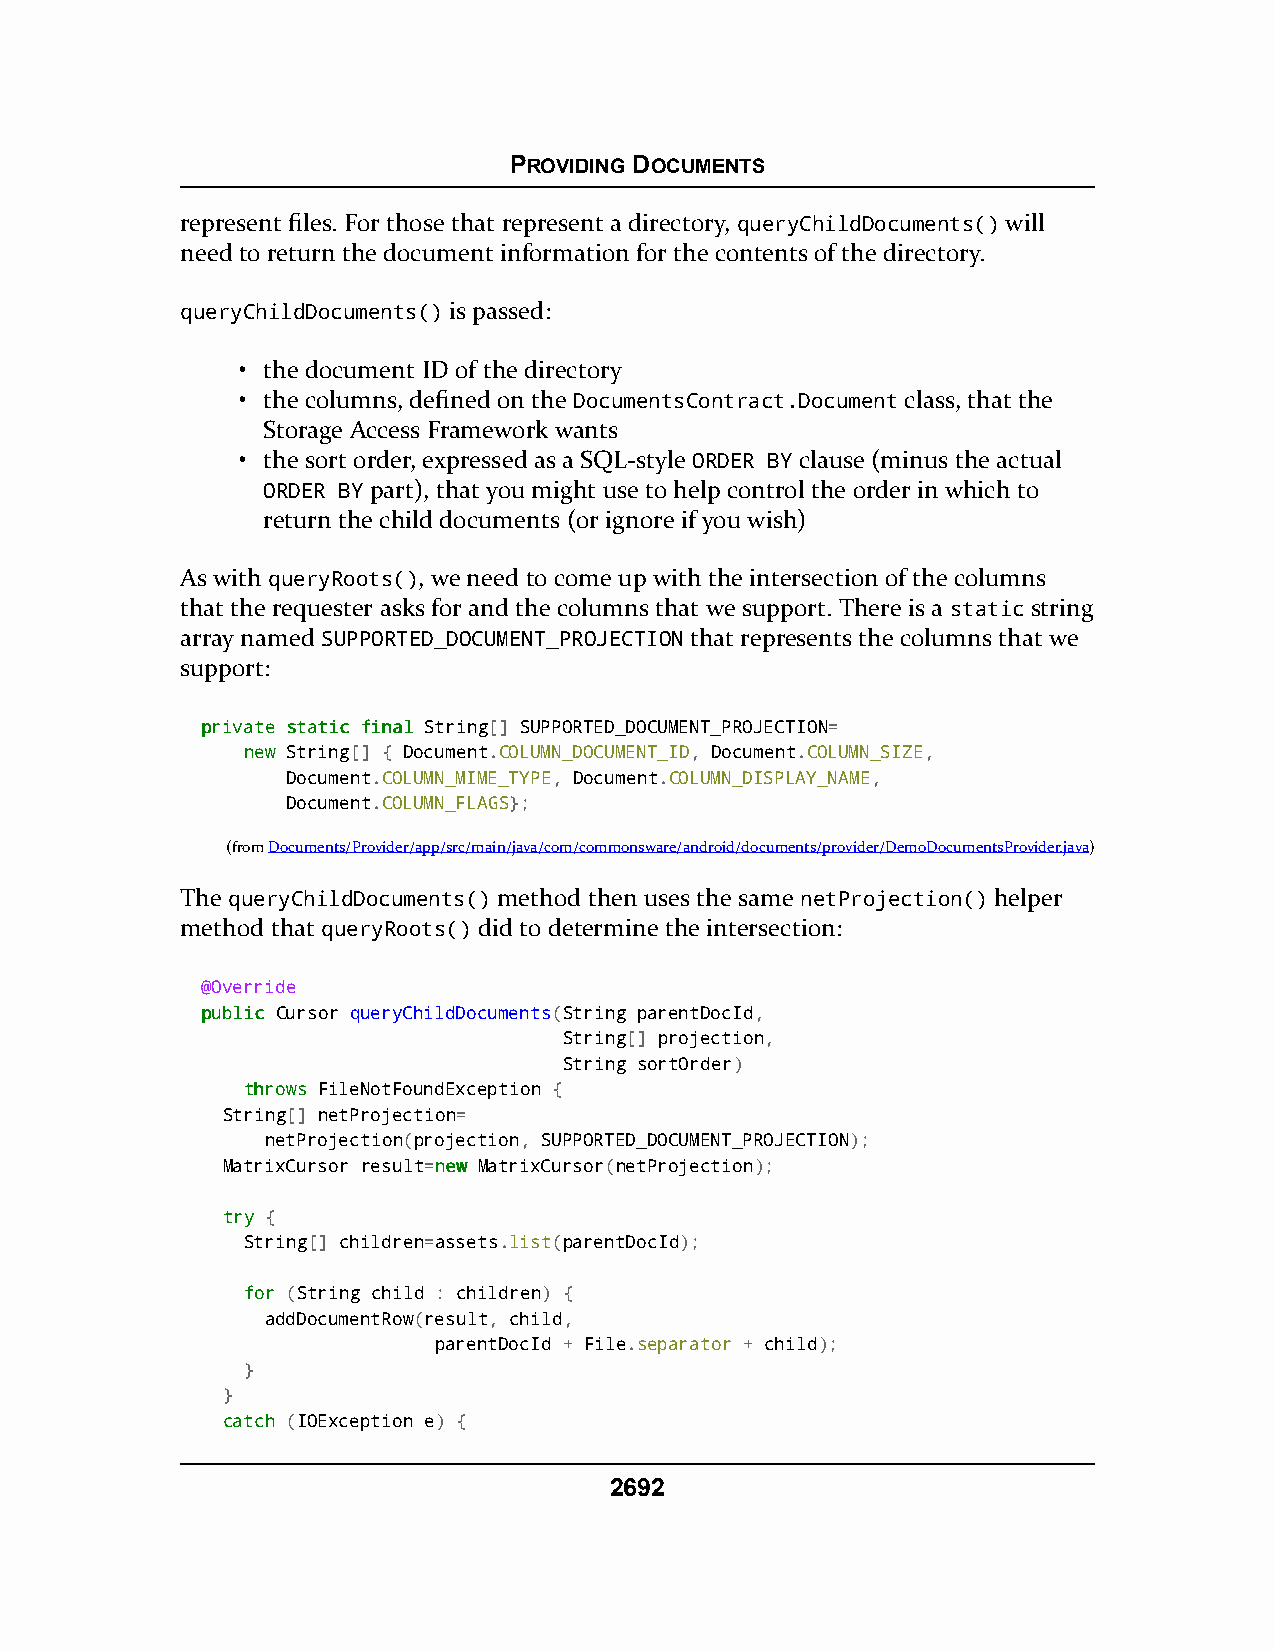
PROVIDING DOCUMENTS
 represent files. For those that represent a directory, queryChildDocuments() will
 need to return the document information for the contents of the directory.
 queryChildDocuments() is passed:
 • the document ID of the directory
 • the columns, defined on the DocumentsContract.Document class, that the
 Storage Access Framework wants
 • the sort order, expressed as a SQL-style ORDER BY clause (minus the actual
 ORDER BY part), that you might use to help control the order in which to
 return the child documents (or ignore if you wish)
 As with queryRoots(), we need to come up with the intersection of the columns
 that the requester asks for and the columns that we support. There is a static string
 array named SUPPORTED_DOCUMENT_PROJECTION that represents the columns that we
 support:
 pprriivvaattee ssttaattiicc ffiinnaall String[] SUPPORTED_DOCUMENT_PROJECTION=
 nneeww String[] { Document.COLUMN_DOCUMENT_ID, Document.COLUMN_SIZE,
 Document.COLUMN_MIME_TYPE, Document.COLUMN_DISPLAY_NAME,
 Document.COLUMN_FLAGS};
 (fromDocuments/Provider/app/src/main/java/com/commonsware/android/documents/provider/DemoDocumentsProvider.java)
 The queryChildDocuments() method then uses the same netProjection() helper
 method that queryRoots() did to determine the intersection:
 @Override
 ppuubblliicc Cursor queryChildDocuments(String parentDocId,
 String[] projection,
 String sortOrder)
 tthhrroowwss FileNotFoundException {
 String[] netProjection=
 netProjection(projection, SUPPORTED_DOCUMENT_PROJECTION);
 MatrixCursor result=nneeww MatrixCursor(netProjection);
 ttrryy {
 String[] children=assets.list(parentDocId);
 ffoorr (String child : children) {
 addDocumentRow(result, child,
 parentDocId + File.separator + child);
 }
 }
 ccaattcchh (IOException e) {
 2692